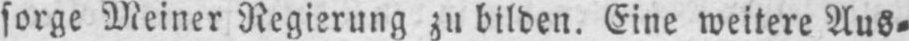
sorge Meiner Regierung zu bilden. Eine weitere Aus⸗